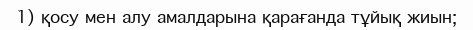
1) қосу мен алу амалдарына қарағанда тұйық жиын;